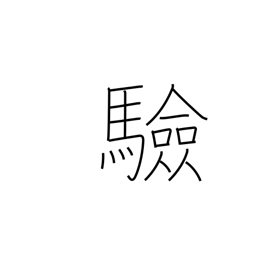
Meaning: testing